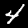
Label: 4